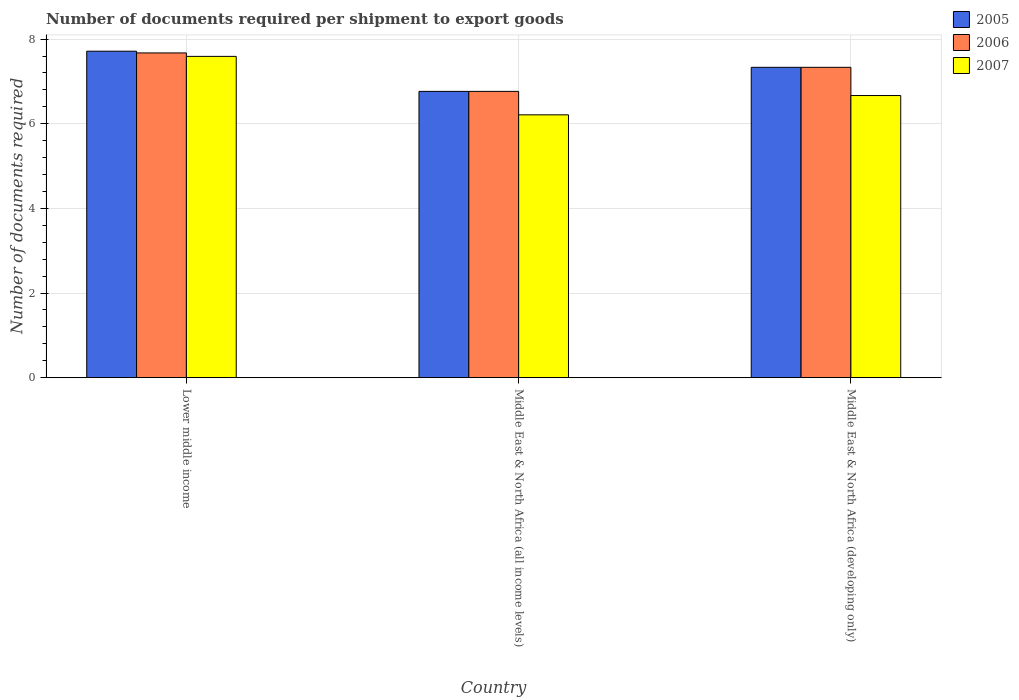
| Country | 2005 | 2006 | 2007 |
 | --- | --- | --- | --- |
 | Lower middle income | 7.71 | 7.67 | 7.59 |
 | Middle East & North Africa (all income levels) | 6.76 | 6.76 | 6.21 |
 | Middle East & North Africa (developing only) | 7.33 | 7.33 | 6.67 |